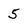
Character: 5